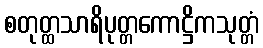
စတုတ္ထသာရိပုတ္တကောဋ္ဌိကသုတ္တံ